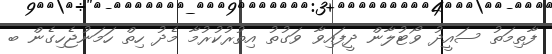
ފާތިމަތު ސައީދު ވޯޓުލާން ދީފައިވާ ވަގުތު އިތުރުކުރުމާ މެދު ހިތް ހަމަނުޖެހިގެން ބ